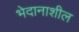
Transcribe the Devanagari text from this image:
भेदानाशील